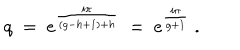
q ~ = ~ e ^ { \frac { i \pi } { ( g - h + 1 ) + h } } ~ = ~ e ^ { \frac { i \pi } { g + 1 } } \ .